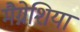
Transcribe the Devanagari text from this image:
मैग्नेशिया